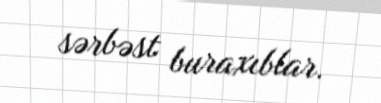
sərbəst buraxıblar.